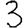
Digit: 3